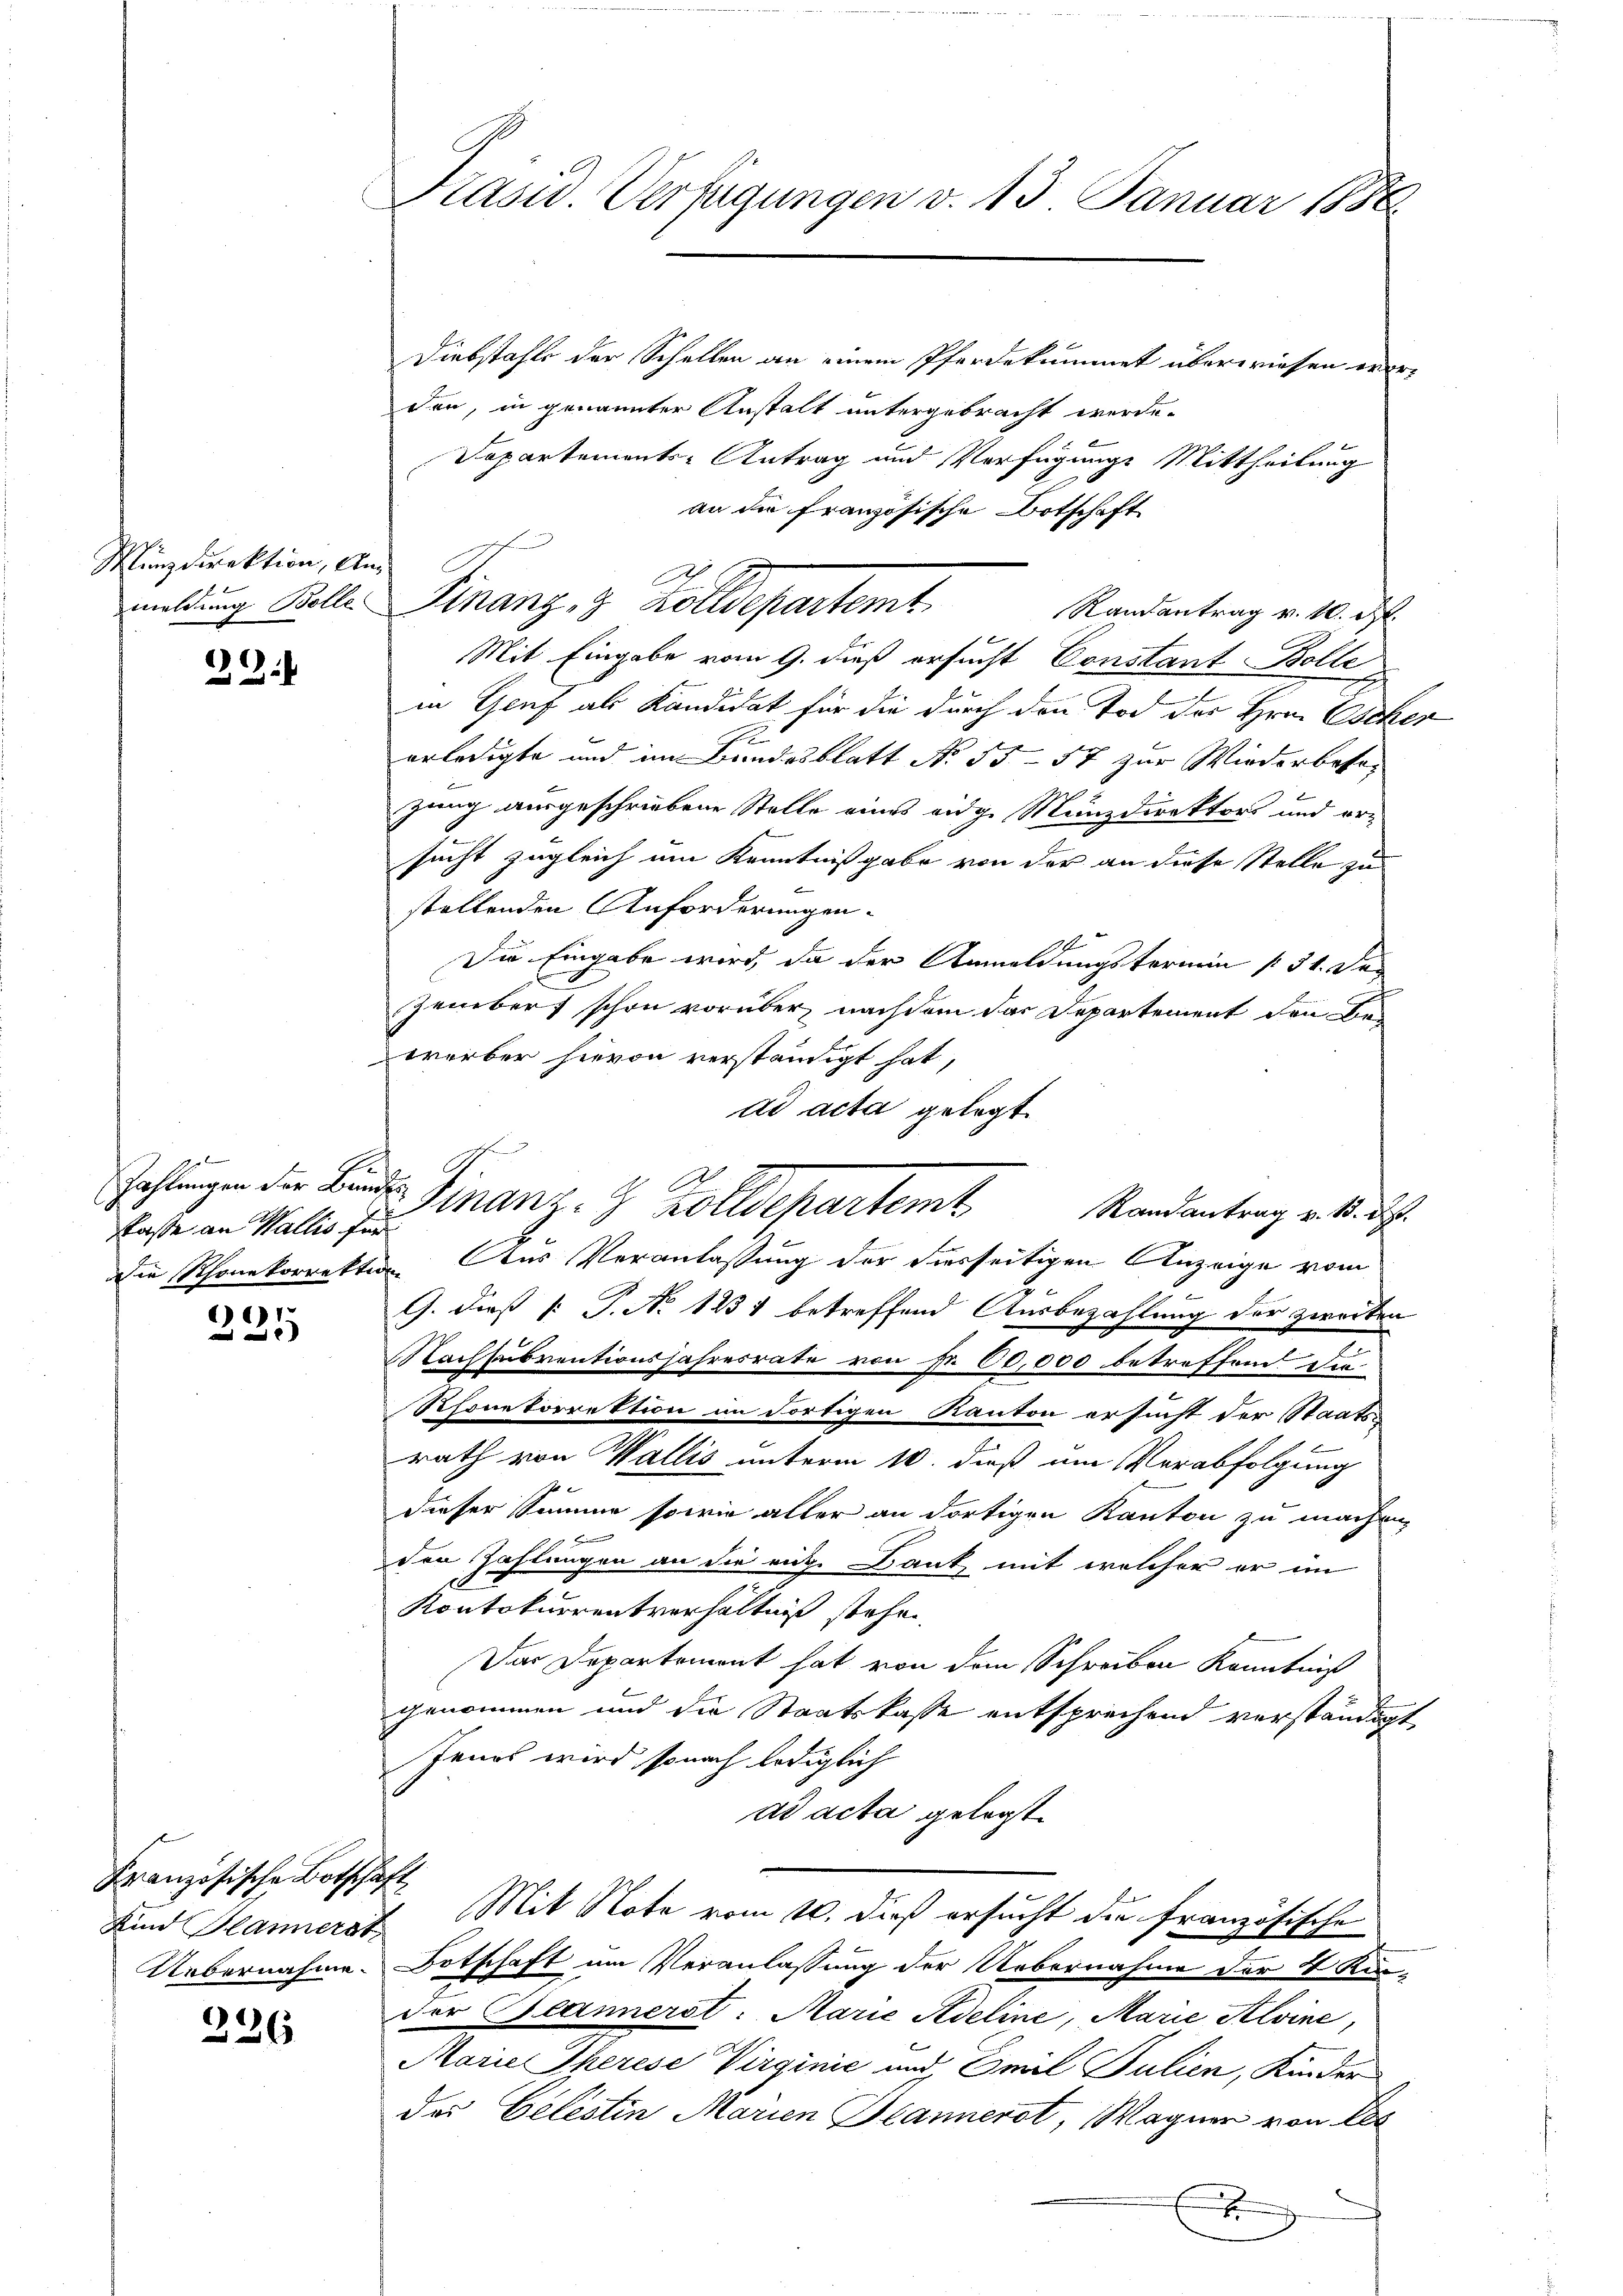
Munzdirektion, An¬

)
2

2f
staße an Wallis für

1

2

Französische Botschaft

226

Präsid. Verfügungen v. 13. Januar 1886.

Diebstahle der Schellen an einem Pferdekammet überwiesen worden, in genannter Anstalt untergebracht werde.
Departements-Antrag und Verfügungs Mittheilung
an die französische Botschaft
Randantrag v. 10. d.
Mit Eingabe vom 9. dieß ersucht Constant Bolle
in Genf als Kandidat für die durch den Tod der Hrn. Escher
erledigte und im Bundesblatt No 55-57 zur Wiederbesezung ausgeschriebene Stelle eines eidg. Münzdirektors und er-
sucht zugleich um Kenntnißgabe von der an diese Stelle zu
B
stellenden Anforderungen.
Die Eingabe wird, da der Anmeldungstermin § 34. De
Zember schon vorüber, nachdem das Departement den Bewerber hievon verständigt hat,
dd acta gelegt.
estangen der Bandes Finanz. G. Zolldepartemt
Die Schonekorrektion Aus Veranlassung der diesseitigen Anzeige vom
G. dieß (: P. No 1231 betreffend Ausbezahlung der zweiten
Nachsubventionsjahresrate von Fr. 60,000 betreffend die
Rhonekorrektion im dortigen Kanton ersucht der Staatsrath von Wallis unterm 10. dieß um Verabfolgung
dieser Summe sowie aller an dortigen Kanton zu machen,
Bei
den Zahlungen an die eige Bank mit welcher er im
Kontokurrentverhältniß stehen,
Der Departemont hat von dem Schreiben Kenntniß
genommen und die Staatskasse entsprechend verständigt
Jenes wird so nach lediglich
ad acta gelegt.
Kind Plannerst Mit Note vom 10. dieß ersucht die französische
Uebernahme Botschaft um Veranlassung der Uebernahme der 4 Kin-
der Beannerst: Marie Adeline, Marie Aloine,
Marie Therese Virginić und Emil Julien, Kinder
der Celestin Marien Blannerst, Wagner von des

meldung Kolle Finanz, 3 Zolldepartemt

Randantrag v. 13. ds.

d